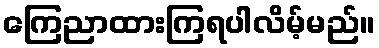
ကြေညာထားကြရပါလိမ့်မည်။